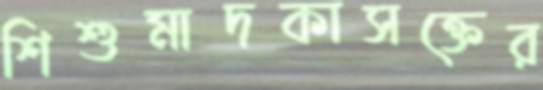
শিশুমাদকাসক্তের